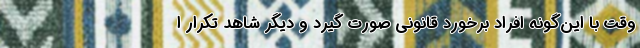
وقت با این‌گونه افراد برخورد قانونی صورت گیرد و دیگر شاهد تکرار ا